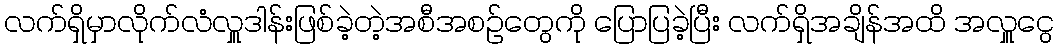
လက်ရှိမှာလိုက်လံလှူဒါန်းဖြစ်ခဲ့တဲ့အစီအစဉ်တွေကို ပြောပြခဲ့ပြီး လက်ရှိအချိန်အထိ အလှူငွေ